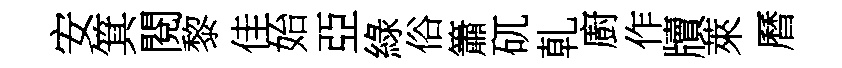
安箕閱黎佳始亞綠俗簫矹乹廚作牘萊曆